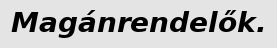
Magánrendelők.